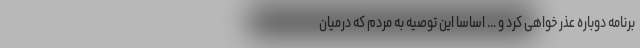
برنامه دوباره عذر خواهی کرد و ... اساسا این توصیه به مردم که درمیان